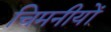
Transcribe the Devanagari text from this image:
चिमनीयों